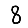
Digit: 8